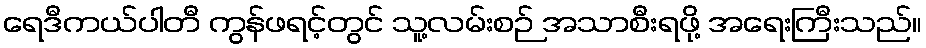
ရေဒီကယ်ပါတီ ကွန်ဖရင့်တွင် သူ့လမ်းစဉ် အသာစီးရဖို့ အရေးကြီးသည်။